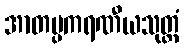
အာတပ္ပကရဏီယသုတ္တံ